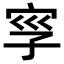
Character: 𡥜